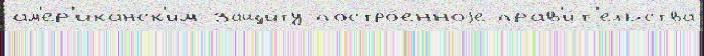
ам'ер'ика́нск'им защи́ту постро́енноjе прав'и́т'ельства